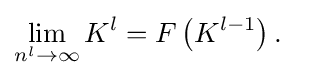
{\begin{aligned}\lim _{n^{l}\rightarrow \infty }K^{l}&=F\left(K^{l-1}\right).\end{aligned}}